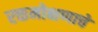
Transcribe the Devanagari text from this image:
रक्तमोक्षणाचे